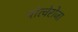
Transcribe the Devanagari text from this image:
पोत्वेरोजा